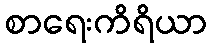
စာရေးကိရိယာ